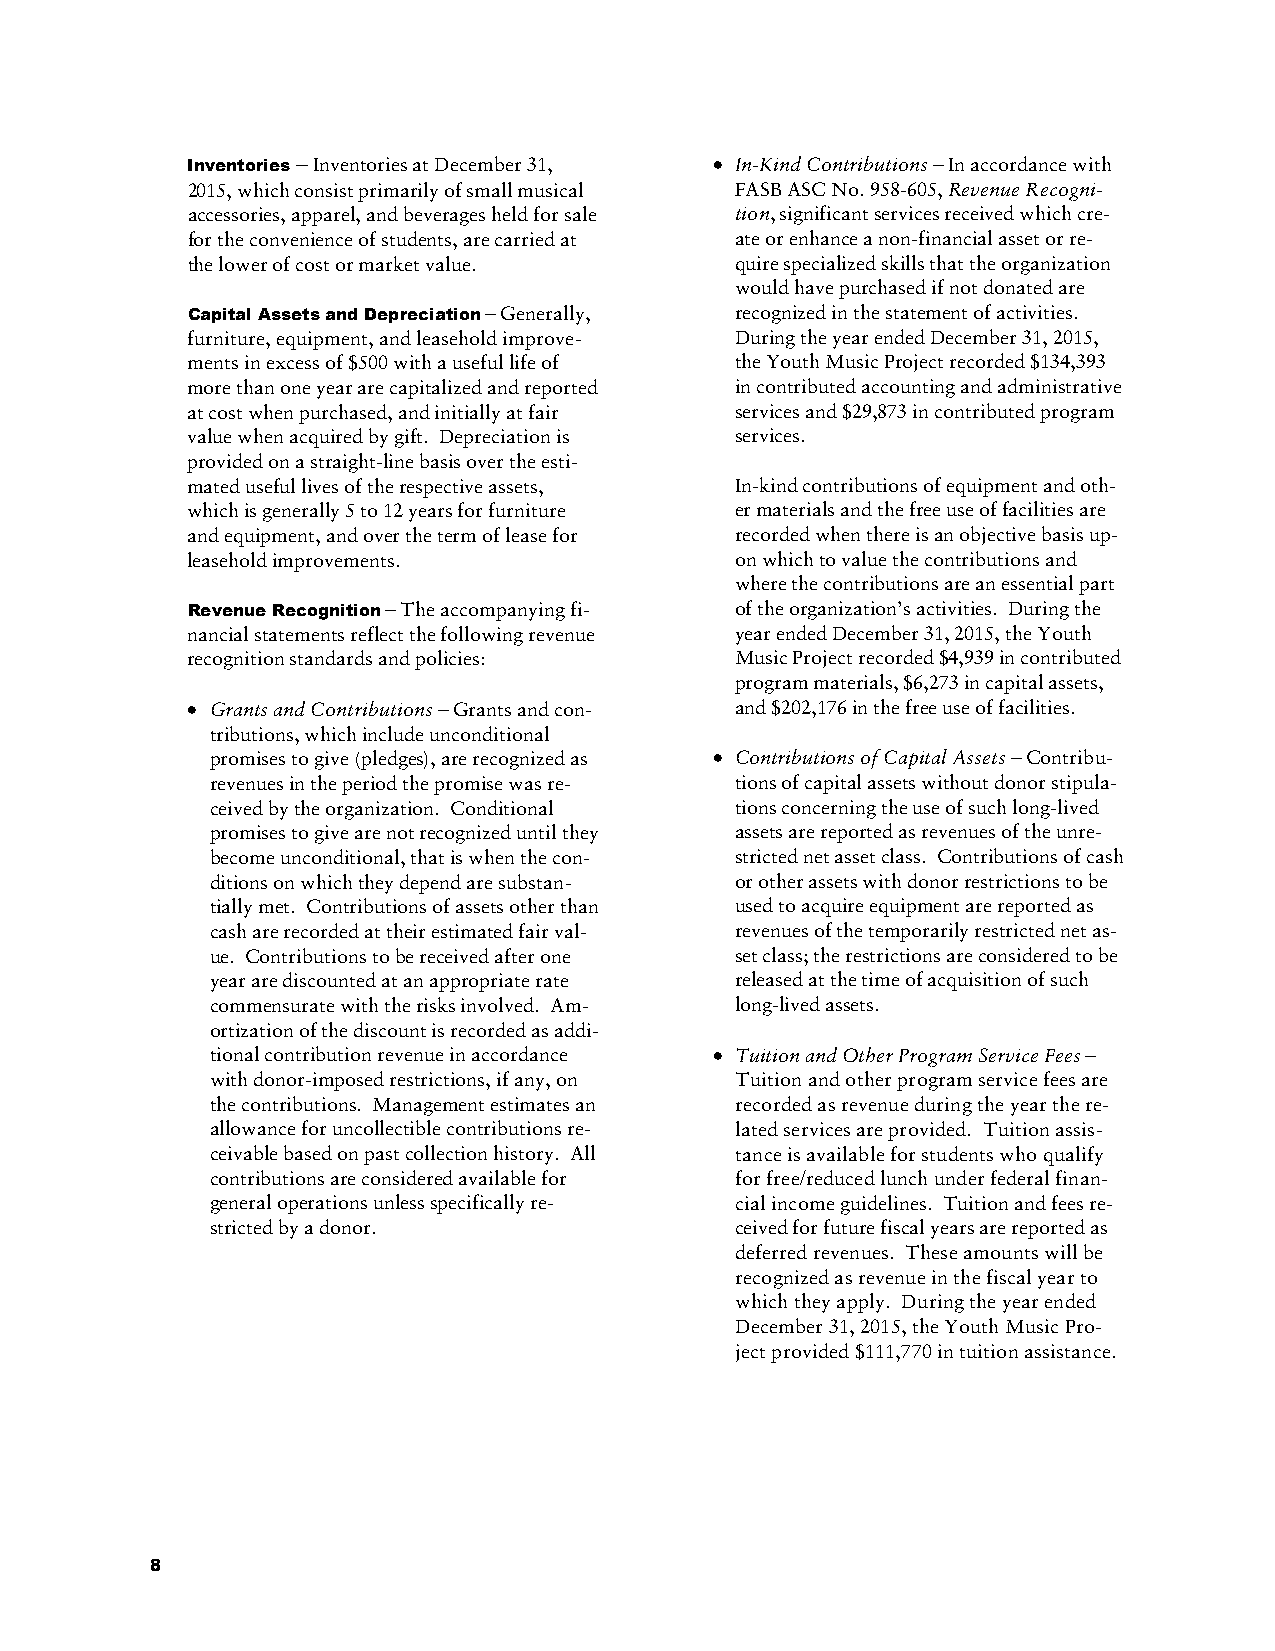
Inventories – Inventories at December 31, • In-Kind Contributions – In accordance with
 2015, which consist primarily of small musical FASB ASC No. 958-605, Revenue Recogni-
 accessories, apparel, and beverages held for sale tion, significant services received which cre-
 for the convenience of students, are carried at ate or enhance a non-financial asset or re-
 the lower of cost or market value.   quire specialized skills that the organization
 would have purchased if not donated are
 Capital Assets and Depreciation – Generally, recognized in the statement of activities.
 furniture, equipment, and leasehold improve- During the year ended December 31, 2015,
 ments in excess of $500 with a useful life of the Youth Music Project recorded $134,393
 more than one year are capitalized and reported in contributed accounting and administrative
 at cost when purchased, and initially at fair services and $29,873 in contributed program
 value when acquired by gift. Depreciation is services.
 provided on a straight-line basis over the esti-
 mated useful lives of the respective assets, In-kind contributions of equipment and oth-
 which is generally 5 to 12 years for furniture er materials and the free use of facilities are
 and equipment, and over the term of lease for recorded when there is an objective basis up-
 leasehold improvements.              on which to value the contributions and
 where the contributions are an essential part
 Revenue Recognition – The accompanying fi- of the organization’s activities. During the
 nancial statements reflect the following revenue year ended December 31, 2015, the Youth
 recognition standards and policies:  Music Project recorded $4,939 in contributed
 program materials, $6,273 in capital assets,
 • Grants and Contributions – Grants and con- and $202,176 in the free use of facilities.
 tributions, which include unconditional
 promises to give (pledges), are recognized as • Contributions of Capital Assets – Contribu-
 revenues in the period the promise was re- tions of capital assets without donor stipula-
 ceived by the organization. Conditional tions concerning the use of such long-lived
 promises to give are not recognized until they assets are reported as revenues of the unre-
 become unconditional, that is when the con- stricted net asset class. Contributions of cash
 ditions on which they depend are substan- or other assets with donor restrictions to be
 tially met. Contributions of assets other than used to acquire equipment are reported as
 cash are recorded at their estimated fair val- revenues of the temporarily restricted net as-
 ue. Contributions to be received after one set class; the restrictions are considered to be
 year are discounted at an appropriate rate released at the time of acquisition of such
 commensurate with the risks involved. Am- long-lived assets.
 ortization of the discount is recorded as addi-
 tional contribution revenue in accordance • Tuition and Other Program Service Fees –
 with donor-imposed restrictions, if any, on Tuition and other program service fees are
 the contributions. Management estimates an recorded as revenue during the year the re-
 allowance for uncollectible contributions re- lated services are provided. Tuition assis-
 ceivable based on past collection history. All tance is available for students who qualify
 contributions are considered available for for free/reduced lunch under federal finan-
 general operations unless specifically re- cial income guidelines. Tuition and fees re-
 stricted by a donor.               ceived for future fiscal years are reported as
 deferred revenues. These amounts will be
 recognized as revenue in the fiscal year to
 which they apply. During the year ended
 December 31, 2015, the Youth Music Pro-
 ject provided $111,770 in tuition assistance.
 8